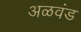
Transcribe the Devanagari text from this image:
अळवंड